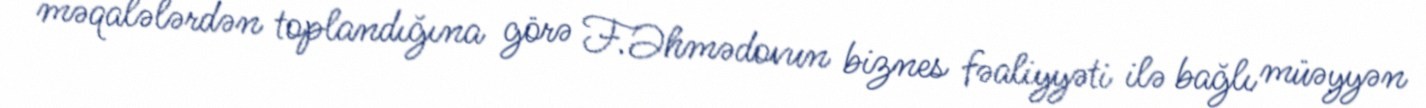
məqalələrdən toplandığına görə F.Əhmədovun biznes fəaliyyəti ilə bağlı müəyyən